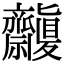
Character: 𪗒